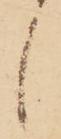
候